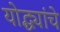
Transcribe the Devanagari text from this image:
योद्ध्यांचे